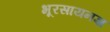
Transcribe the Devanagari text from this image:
भूरसायनज्ञ